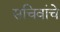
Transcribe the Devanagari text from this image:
सचिवांचे